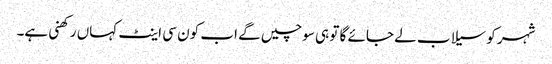
شہر کو سیلاب لے جائے گا تو ہی سوچیں گے اب کون سی اینٹ کہاں رکھنی ہے۔